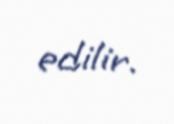
edilir.